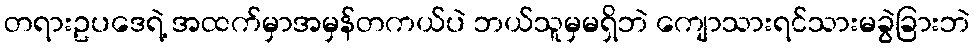
တရားဥပဒေရဲ့ အထက်မှာအမှန်တကယ်ပဲ ဘယ်သူမှမရှိဘဲ ကျောသားရင်သားမခွဲခြားဘဲ